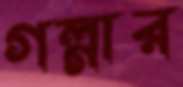
গল্গার